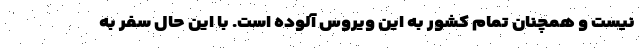
نیست و همچنان تمام کشور به این ویروس آلوده است. با این حال سفر به